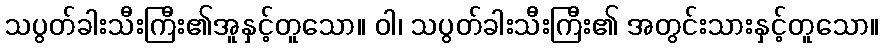
သပွတ်ခါးသီးကြီး၏အူနှင့်တူသော။ ဝါ၊ သပွတ်ခါးသီးကြီး၏ အတွင်းသားနှင့်တူသော။